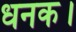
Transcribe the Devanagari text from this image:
धनक।